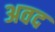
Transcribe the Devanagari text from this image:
अवद